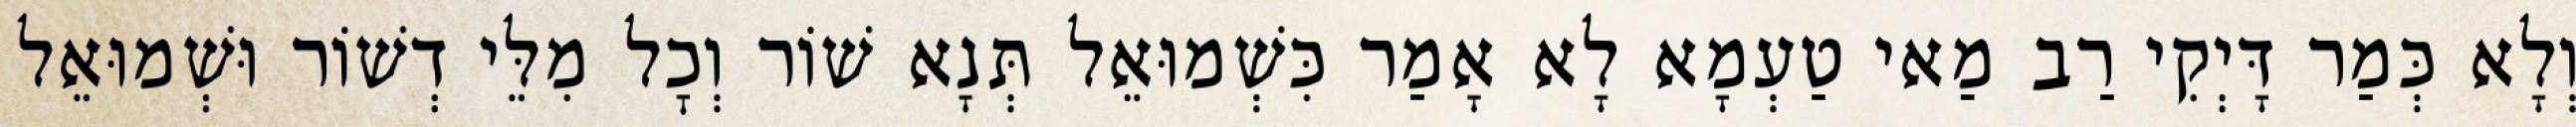
וְלָא כְּמַר דָּיְקִי רַב מַאי טַעְמָא לָא אָמַר כִּשְׁמוּאֵל תְּנָא שׁוֹר וְכׇל מִלֵּי דְשׁוֹר וּשְׁמוּאֵל